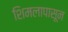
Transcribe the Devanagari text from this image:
शिमलापासून